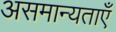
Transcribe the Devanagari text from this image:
असमान्यताएँ